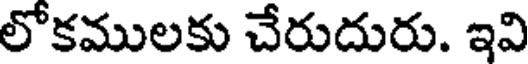
లోకములకు చేరుదురు. ఇవి